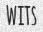
WITS